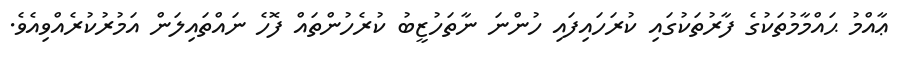
ޢާއްމު ޙައްމާމުތަކުގެ ފާރުތަކުގައި ކުރަހައިފައި ހުންނަ ނާތަހުޒީބު ކުރެހުންތައް ފޮހެ ނައްތައިލަން އަމުރުކުރެއްވިއެވެ.